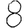
Digit: 8